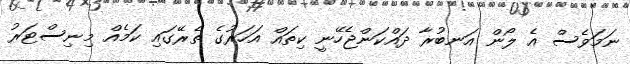
ނަމަވެސް އެ ލޯން އަނބުރާ ދައްކަންޖެހޭނީ ކިތައް އަހަރުގެ ތެރޭގައި ކަމެއް މިނިސްޓަރު